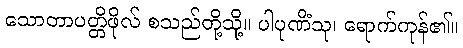
သောတာပတ္တိဖိုလ် စသည်တို့သို့။ ပါပုဏိံသု၊ ရောက်ကုန်၏။